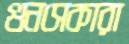
গুনসেকারা